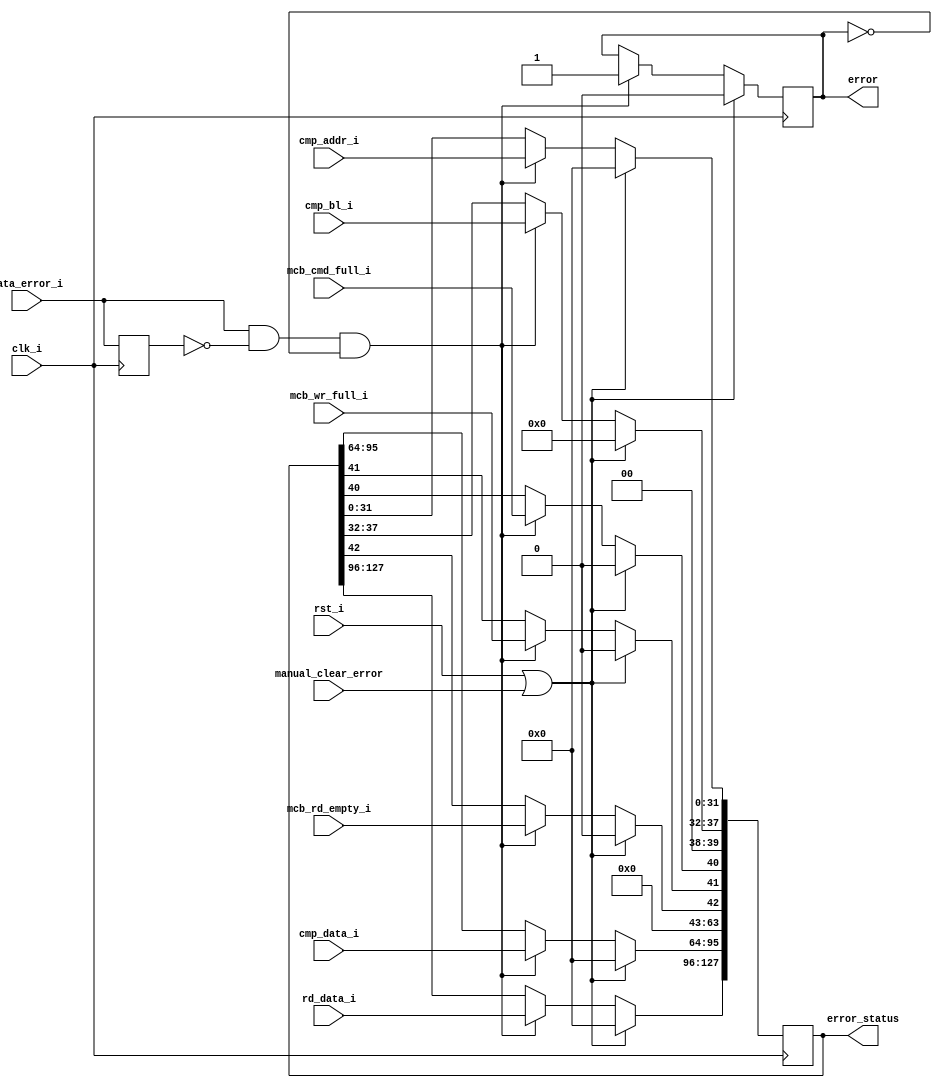
module mig_7series_v4_0_tg_status #(
   parameter TCQ           = 100,  
   parameter DWIDTH = 32
    )
    (
   input                            clk_i  ,        
   input                            rst_i ,
   input                            manual_clear_error,
   input                            data_error_i ,  
   input [DWIDTH-1:0]               cmp_data_i,     
   input [DWIDTH-1:0]               rd_data_i ,     
   input [31:0]                     cmp_addr_i ,    
   input [5:0]                      cmp_bl_i ,      
   input                            mcb_cmd_full_i ,
   input                            mcb_wr_full_i,  
   input                            mcb_rd_empty_i, 
   output reg [64 + (2*DWIDTH - 1):0]   error_status,   
   output                           error                  
  );
reg data_error_r;
reg error_set;
assign  error = error_set;
always @ (posedge clk_i)
    data_error_r <= #TCQ  data_error_i;
always @ (posedge clk_i)
begin
if (rst_i || manual_clear_error) begin
   error_status <= #TCQ  'b0;
   error_set    <= #TCQ  1'b0;
end
else begin
  if (data_error_i && ~data_error_r && ~error_set ) begin
     error_status[31:0]  <= #TCQ  cmp_addr_i;
     error_status[37:32] <= #TCQ  cmp_bl_i;
     error_status[40] <= #TCQ  mcb_cmd_full_i;
     error_status[41] <= #TCQ  mcb_wr_full_i;
     error_status[42] <= #TCQ  mcb_rd_empty_i;
     error_set <= #TCQ  1'b1;
     error_status[64 + (DWIDTH - 1)  :64]           <= #TCQ  cmp_data_i;
     error_status[64 + (2*DWIDTH - 1):64 + DWIDTH]  <= #TCQ  rd_data_i;
  end
  error_status[39:38]  <= #TCQ  'b0;    
  error_status[63:43] <= #TCQ  'b0;    
end end
endmodule